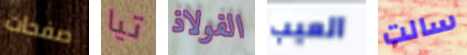
صفحات تيا الفولاذ العيب سالت